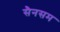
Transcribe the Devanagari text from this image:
सैनसम